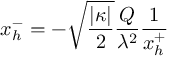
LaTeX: x _ { h } ^ { - } = - \sqrt { \frac { | \kappa | } { 2 } } \frac { Q } { \lambda ^ { 2 } } \frac { 1 } { x _ { h } ^ { + } }